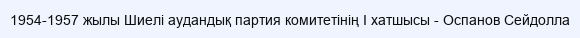
1954-1957 жылы Шиелі аудандық партия комитетінің І хатшысы - Оспанов Сейдолла